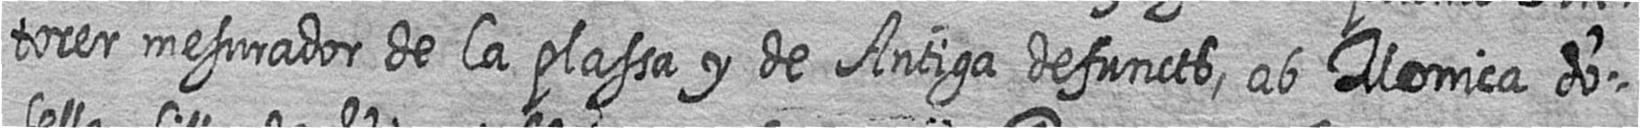
torer mesurador de la plassa y de Antiga defuncts ab Monica do=